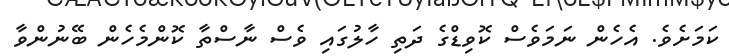
ކަމަށެވެ. އެހެން ނަމަވެސް ކޮވިޑްގެ ދަތި ހާލުގައި ވެސް ނާސްތާ ކޮންމެހެން ބޭނުންވާ